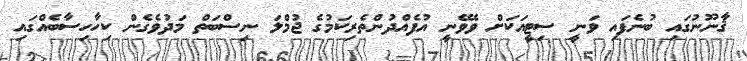
ޤާނޫނުގައި ބުނެފައި ވަނީ ސިޓީއަކަށް ވެވޭނީ އުފެއްދުންތެރިކަމުގެ ޖުމްލަ ނިސްބަތް މަދުވެގެން ކިހާހިސާބެއްގައި